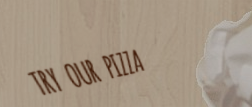
TRY OUR PIZZA